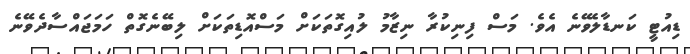
ޑިއުޓީ ކަނޑާލެވޭނެ އެވެ. މަސް ފިނިކުރާ ނިޒާމު ލުއިގޮތަކަށް މަސްއޮޑިތަކަށް ލިބޭނެގޮތް ހަމަޖައްސާދެވޭނެ